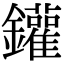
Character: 鑵